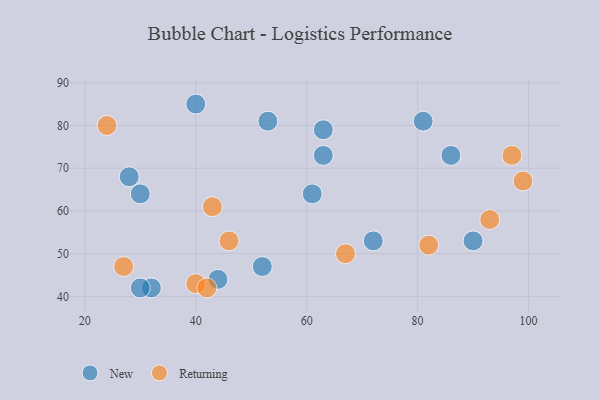
{"axis": {"x": "GDP", "y": "Life Expectancy"}, "legend": ["New", "Returning"], "data": [{"x": "28", "y": 68, "type": "New"}, {"x": "40", "y": 85, "type": "New"}, {"x": "72", "y": 53, "type": "New"}, {"x": "81", "y": 81, "type": "New"}, {"x": "32", "y": 42, "type": "New"}, {"x": "61", "y": 64, "type": "New"}, {"x": "63", "y": 79, "type": "New"}, {"x": "86", "y": 73, "type": "New"}, {"x": "63", "y": 73, "type": "New"}, {"x": "44", "y": 44, "type": "New"}, {"x": "30", "y": 42, "type": "New"}, {"x": "52", "y": 47, "type": "New"}, {"x": "30", "y": 64, "type": "New"}, {"x": "90", "y": 53, "type": "New"}, {"x": "53", "y": 81, "type": "New"}, {"x": "82", "y": 52, "type": "Returning"}, {"x": "97", "y": 73, "type": "Returning"}, {"x": "99", "y": 67, "type": "Returning"}, {"x": "67", "y": 50, "type": "Returning"}, {"x": "40", "y": 43, "type": "Returning"}, {"x": "93", "y": 58, "type": "Returning"}, {"x": "43", "y": 61, "type": "Returning"}, {"x": "46", "y": 53, "type": "Returning"}, {"x": "24", "y": 80, "type": "Returning"}, {"x": "42", "y": 42, "type": "Returning"}, {"x": "27", "y": 47, "type": "Returning"}]}